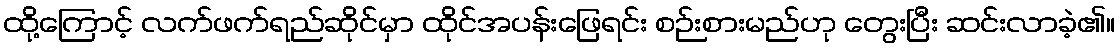
ထို့ကြောင့် လက်ဖက်ရည်ဆိုင်မှာ ထိုင်အပန်းဖြေရင်း စဉ်းစားမည်ဟု တွေးပြီး ဆင်းလာခဲ့၏။